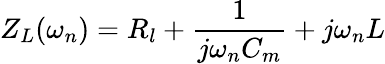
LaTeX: Z_{L}(\omega_{n})=R_{l}+\frac{1}{j\omega_{n}C_{m}}+j\omega_{n}L